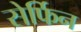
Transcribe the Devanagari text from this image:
सेर्फिन